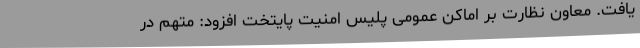
یافت. معاون نظارت بر اماکن عمومی پلیس امنیت پایتخت افزود: متهم در